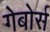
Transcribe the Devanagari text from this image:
गेबोर्स